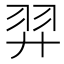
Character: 羿